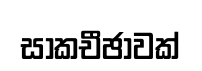
සාකචීඡාවක්